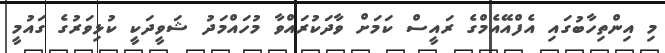
މި އިންތިހާބުގައި އެފްއޭއެމްގެ ރައީސް ކަމަށް ވާދަކުރައްވާ މުހައްމަދު ޝަވީދަކީ ކުޅިވަރުގެ ގައުމީ